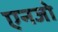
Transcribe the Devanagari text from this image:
एनजो